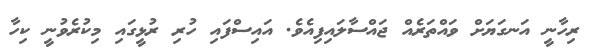
ރިހާނީ އަނގަޔަށް ވައްތަރެއް ޖައްސާލައިފިއެވެ. އައިސްފައި ހުރި ރުޅީގައި މިކުރެވުނީ ކިހާ